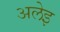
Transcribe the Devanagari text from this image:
अलेइ